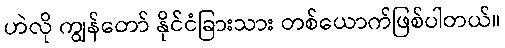
ဟဲလို ကျွန်တော် နိုင်ငံခြားသား တစ်ယောက်ဖြစ်ပါတယ်။